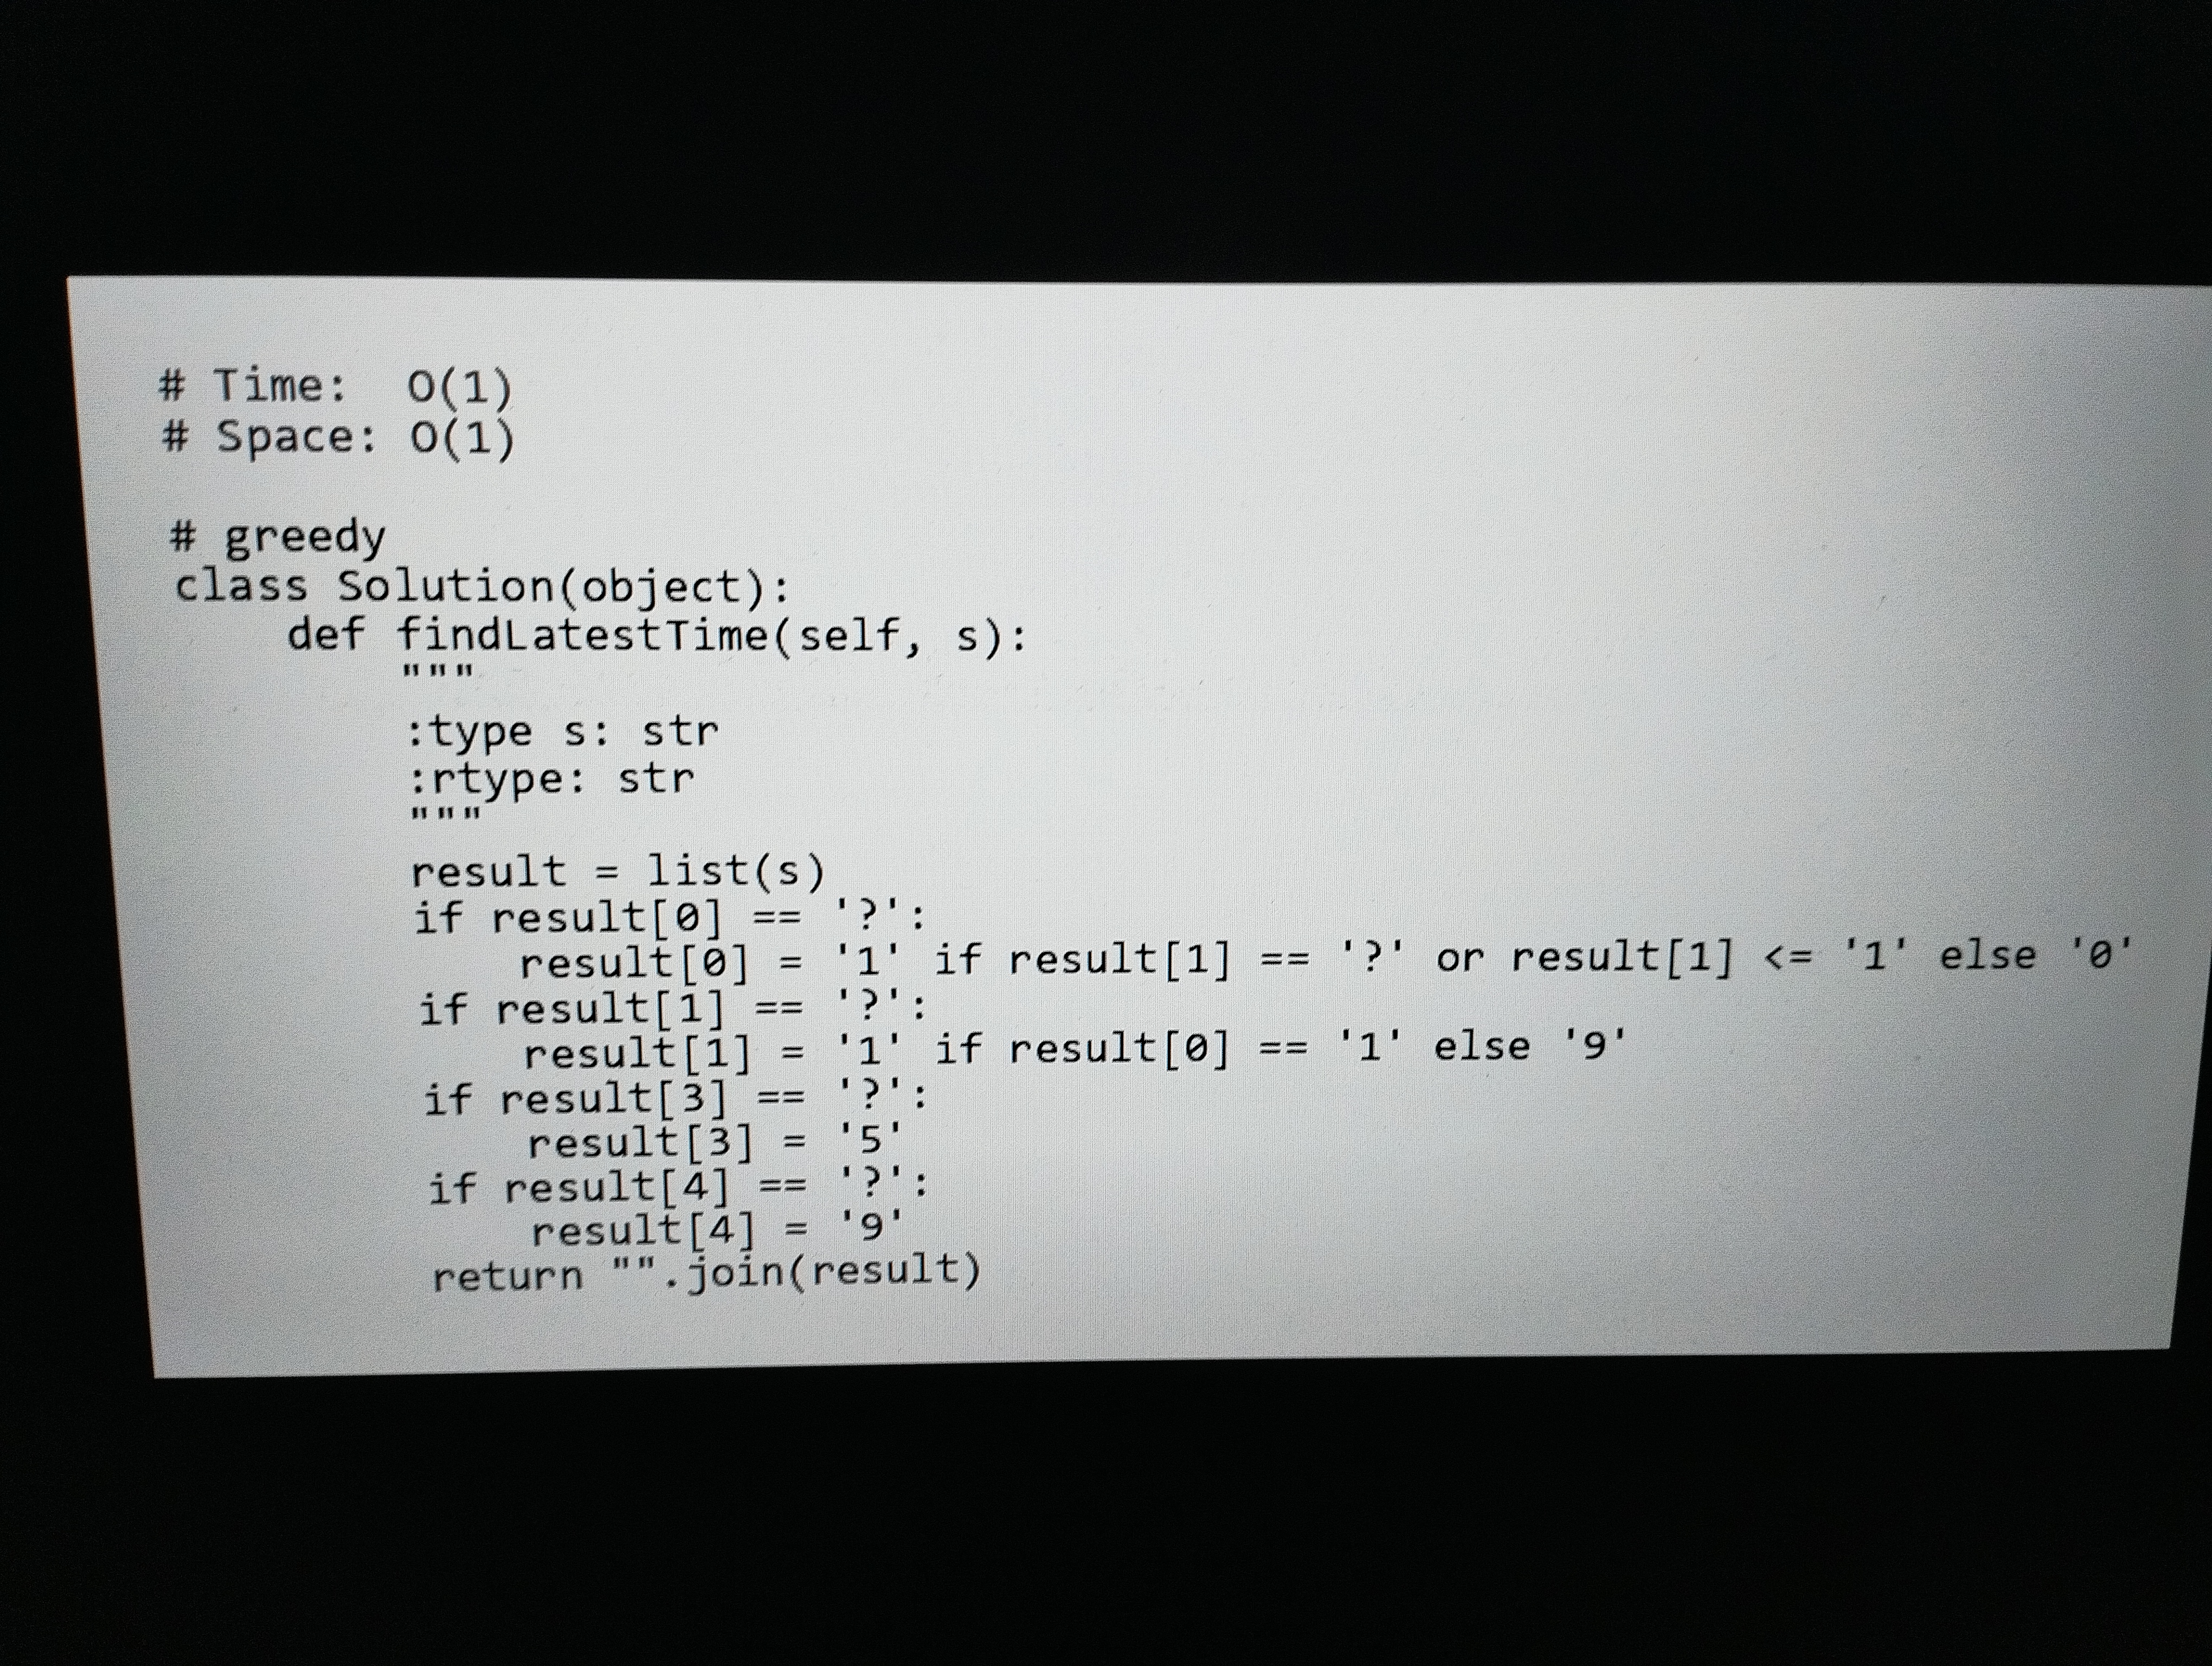
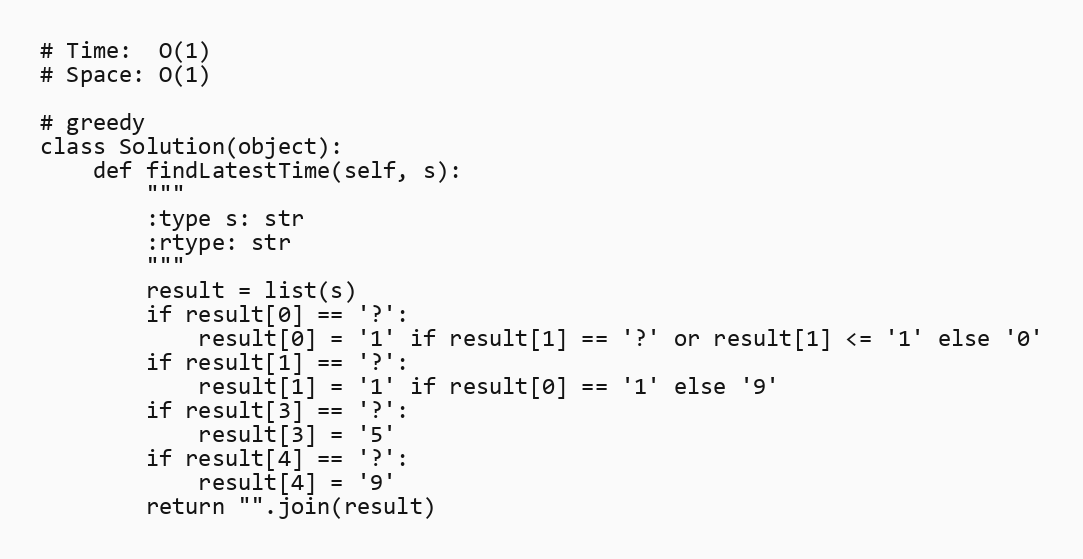
# Time:  O(1)
# Space: O(1)

# greedy
class Solution(object):
    def findLatestTime(self, s):
        """
        :type s: str
        :rtype: str
        """
        result = list(s)
        if result[0] == '?':
            result[0] = '1' if result[1] == '?' or result[1] <= '1' else '0'
        if result[1] == '?':
            result[1] = '1' if result[0] == '1' else '9'
        if result[3] == '?':
            result[3] = '5'
        if result[4] == '?':
            result[4] = '9'
        return "".join(result)